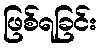
ဖြစ်ရခြင်း